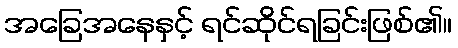
အခြေအနေနှင့် ရင်ဆိုင်ရခြင်းဖြစ်၏။